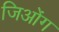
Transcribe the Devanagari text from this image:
जिओंग